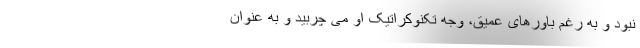
نبود و به رغم باورهای عمیق، وجه تکنوکراتیک او می چربید و به عنوان